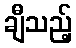
ချီသည့်